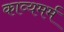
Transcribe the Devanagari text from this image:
काव्यमर्म